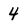
Character: 4